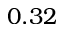
0 . 3 2